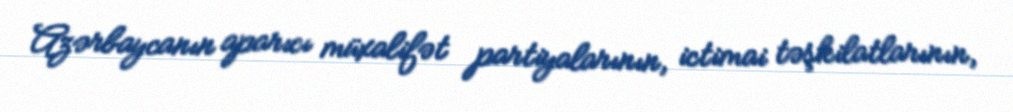
Azərbaycanın aparıcı müxalifət partiyalarının, ictimai təşkilatlarının,